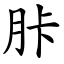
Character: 胩